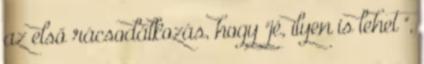
az első rácsodálkozás, hogy "jé, ilyen is lehet ",